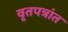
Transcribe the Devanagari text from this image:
वृतपत्रांत